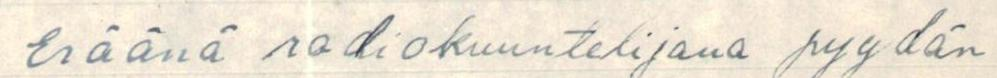
Eräänä radiokuuntelijana pyydän